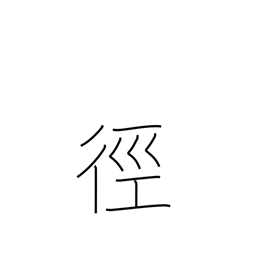
Meaning: method